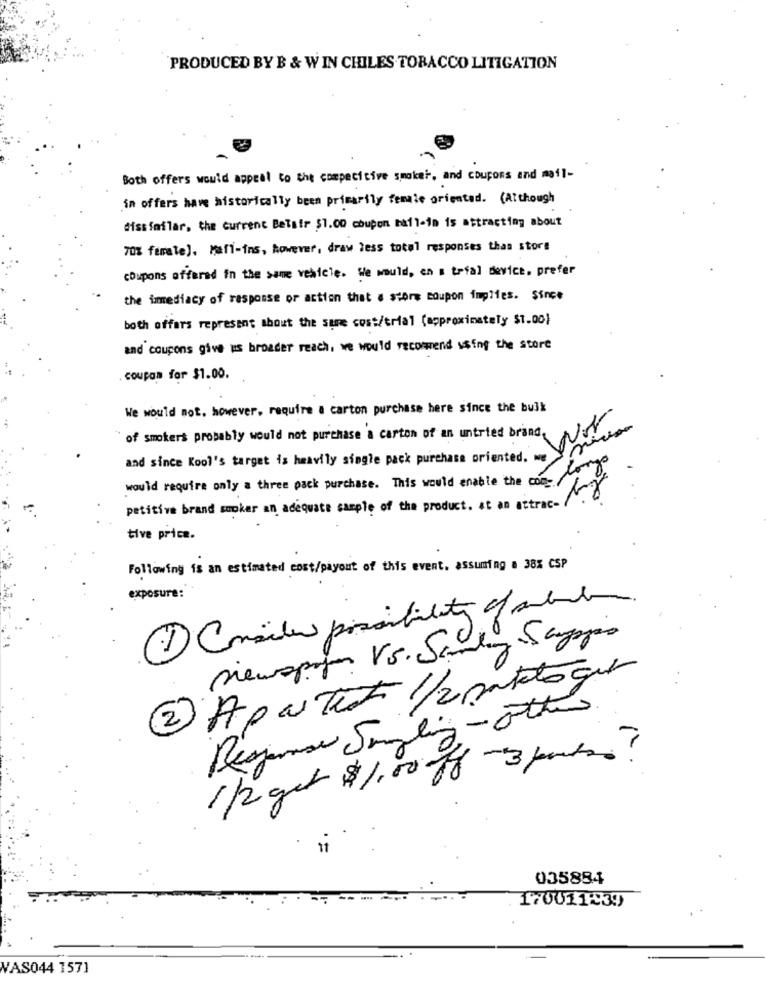
PRODUCED BY B & W IN CHILES TOBACCO LITIGATION
Both offers would appeal to the competitive smoket, and coupons and mail-
in offers have historically been primarily female oriented. (Although
dissfailar, the current Belair $1.00 coupon mail-in is attracting about
70% female), Mafi-ins, however, draw less total responses thas store
coupons offered in the same vehicle. We would, en a trial device. prefer
the immediacy of response or action that a store coupon implies. Since
both offers represent about the sure cost/trial (approximately $1.00)
and coupons give us broader reach, we would recomend using the store
coupon for $1.00.
We would not. however, require a carton purchase here since the bulk
of smokers probably would not purchase a carton of an untried brand.
and since Kool's target is heavily single pack purchase oriented. we
would require only a three pack purchase. This would enable the com-
petitive brand smoker an adequate sample of the product. at an attrac-
tive price.
Following is an estimated cost/payout of this event. assuming a 38% CSP
exposure:
siewspoken VS. Samling Saysjas
2 Apas Text 1/2patologie
1 /2 get $ 1.00 ff - 3 portas?
035884
170011939
VAS044 157]